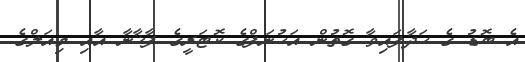
އެ ބޮޑު ގެ ހަދާފައިވާ ގޮތުން އަހުނަފްގެ ކޮޓަރީގެ ފާޚާނާ އާއި މިއަލްގެ